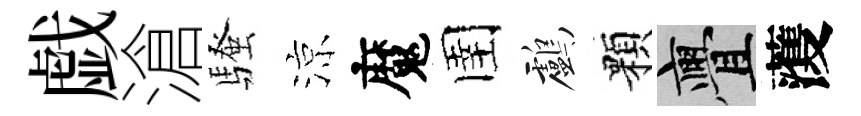
戯滄騷涼魔圉鸕顆亹𮑮